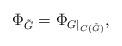
LaTeX: \begin{align*}\Phi_{\tilde G}=\Phi_{G\mid_{C(\tilde G)}},\end{align*}